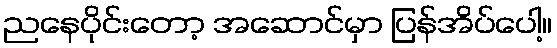
ညနေပိုင်းတော့ အဆောင်မှာ ပြန်အိပ်ပေါ့။